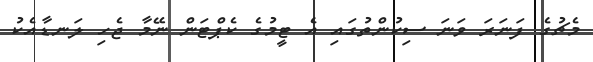
މެޗުގެ ފަނަރަ ވަނަ ސިކުންތުގައި އެ ޓީމުގެ ކެޕްޓަން ނޭމާ ޖެހި ލަނޑާއެކު